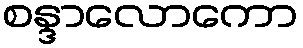
စန္ဒာလောကော